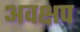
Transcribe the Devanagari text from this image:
अवक्षप